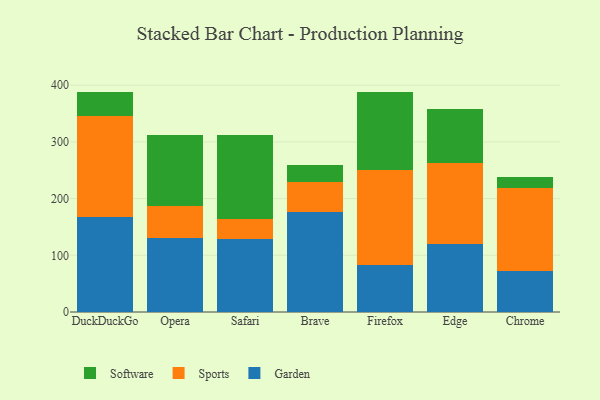
{"axis": {"x": "Browser", "y": "Demand Index"}, "legend": ["Garden", "Software", "Sports"], "data": [{"x": "DuckDuckGo", "y": 167.0, "type": "Garden"}, {"x": "DuckDuckGo", "y": 179.2, "type": "Sports"}, {"x": "DuckDuckGo", "y": 41.0, "type": "Software"}, {"x": "Opera", "y": 131.2, "type": "Garden"}, {"x": "Opera", "y": 55.9, "type": "Sports"}, {"x": "Opera", "y": 124.7, "type": "Software"}, {"x": "Safari", "y": 128.4, "type": "Garden"}, {"x": "Safari", "y": 35.1, "type": "Sports"}, {"x": "Safari", "y": 149.3, "type": "Software"}, {"x": "Brave", "y": 176.0, "type": "Garden"}, {"x": "Brave", "y": 52.6, "type": "Sports"}, {"x": "Brave", "y": 31.5, "type": "Software"}, {"x": "Firefox", "y": 83.7, "type": "Garden"}, {"x": "Firefox", "y": 166.8, "type": "Sports"}, {"x": "Firefox", "y": 138.2, "type": "Software"}, {"x": "Edge", "y": 120.6, "type": "Garden"}, {"x": "Edge", "y": 141.5, "type": "Sports"}, {"x": "Edge", "y": 95.1, "type": "Software"}, {"x": "Chrome", "y": 72.4, "type": "Garden"}, {"x": "Chrome", "y": 145.9, "type": "Sports"}, {"x": "Chrome", "y": 19.2, "type": "Software"}]}